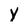
Character: Y